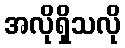
အလိုရှိသလို